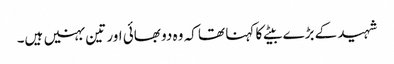
شہید کے بڑے بیٹے کا کہنا تھا کہ وہ دو بھائی اور تین بہنیں ہیں۔